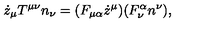
\dot { z } _ { \mu } T ^ { \mu \nu } n _ { \nu } = ( F _ { \mu \alpha } \dot { z } ^ { \mu } ) ( F _ { \nu } ^ { \alpha } n ^ { \nu } ) ,